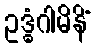
ဥဒ္ဓံဂါမိနိံ